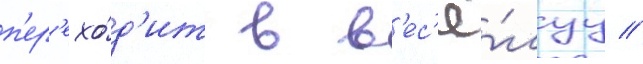
п'ер'ехо́д'ит в в'ес'ё́луу //